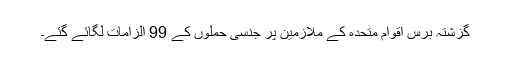
گزشتہ برس اقوام متحدہ کے ملازمین پر جنسی حملوں کے 99 الزامات لگائے گئے۔